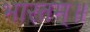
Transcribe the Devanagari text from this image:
भारतम्॥